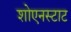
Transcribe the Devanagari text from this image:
शोएनस्टाट